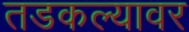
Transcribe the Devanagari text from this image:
तडकल्यावर